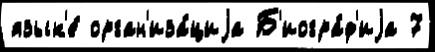
язык'е́ орган'иза́циjа Б'иогра́ф'иjа 7